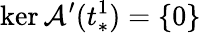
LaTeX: \ker\mathcal{A}^{\prime}(t_{*}^{1})=\{ 0\}